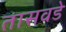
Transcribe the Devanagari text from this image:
तासवडे